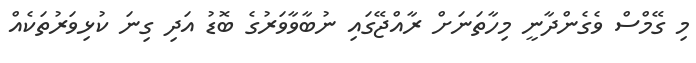
މި ގޭމްސް ވެގެންދާނީ މިހާތަނަށް ރާއްޖޭގައި ނުބާވާވަރުގެ ބޮޑު އަދި ގިނަ ކުޅިވަރުތަކެއް